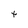
Character: t